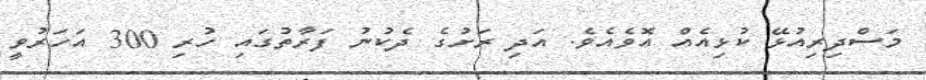
މަސްދިރިއުޅޭ ކުޅިއެއް އޮވެއެވެ. އަދި ރަށުގެ ދެކުނު ފަރާތުގައި ހުރި 300 އަހަރުވީ